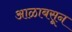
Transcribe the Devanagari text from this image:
आळाबसून